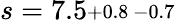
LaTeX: s=7.5\substack{+0.8\, -0.7}